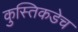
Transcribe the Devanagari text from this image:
कुस्तिकडेच